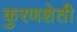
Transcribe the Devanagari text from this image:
कुरणशेती